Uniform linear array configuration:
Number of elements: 24
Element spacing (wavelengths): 0.5
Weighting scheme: blackman
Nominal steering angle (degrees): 45
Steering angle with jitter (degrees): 43.262
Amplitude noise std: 0.05
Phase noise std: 0.05

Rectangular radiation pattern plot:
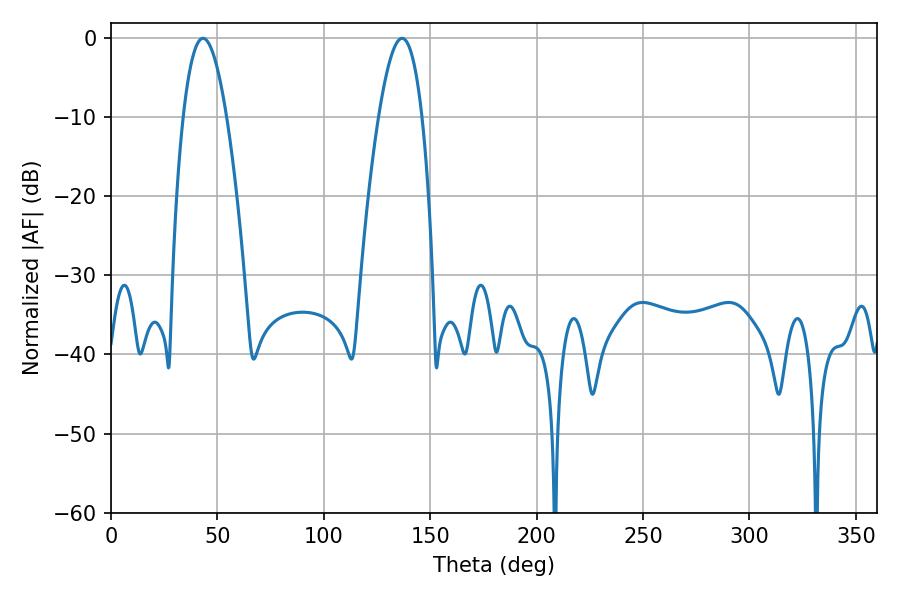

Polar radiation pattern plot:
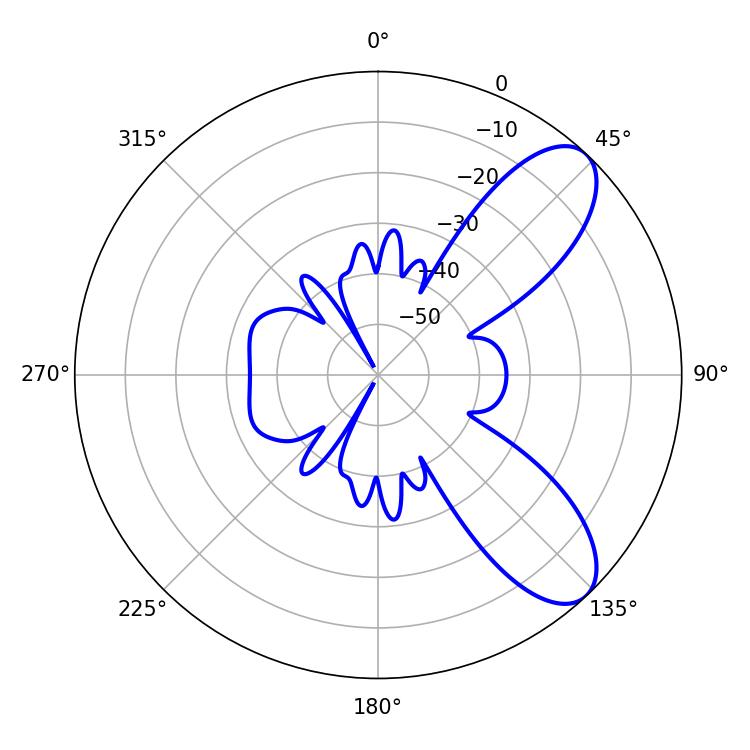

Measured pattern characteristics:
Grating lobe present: FALSE
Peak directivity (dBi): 8.402
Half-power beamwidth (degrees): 11.16
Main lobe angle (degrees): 43.2